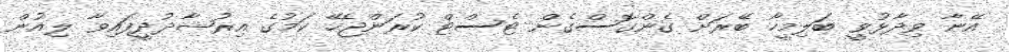
އޭނާ ވިދާޅުވީ ބަލިމީހާ ބޭރަށް ގެންގޮސްގެން ޓެސްޓް ކުރަންޖެހޭ ކަމުގެ އިރުޝާދުދީފައިވާ ލިއުން